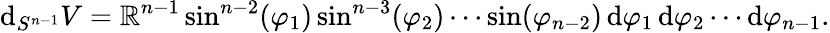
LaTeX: \mathrm{d}_{S^{n-1}}V=\mathbb{R}^{n-1}\sin^{n-2}(\varphi_{1})\sin^{n-3}(\varphi_{2})\cdots\sin(\varphi_{n-2})\, \mathrm{d}\varphi_{1}\, \mathrm{d}\varphi_{2}\cdots\mathrm{d}\varphi_{n-1}.